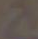
2